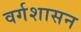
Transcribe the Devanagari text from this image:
वर्गशासन